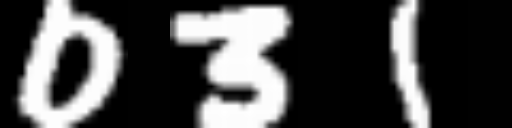
Text: 031